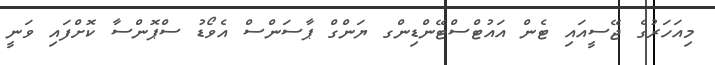
މިއަހަރުގެ ޖޭސީއައި ޓެން އައުޓްސްޓޭންޑިންގ ޔަންގް ޕާސަންސް އެވޯޑު ސްޕޮންސާ ކޮށްފައި ވަނީ